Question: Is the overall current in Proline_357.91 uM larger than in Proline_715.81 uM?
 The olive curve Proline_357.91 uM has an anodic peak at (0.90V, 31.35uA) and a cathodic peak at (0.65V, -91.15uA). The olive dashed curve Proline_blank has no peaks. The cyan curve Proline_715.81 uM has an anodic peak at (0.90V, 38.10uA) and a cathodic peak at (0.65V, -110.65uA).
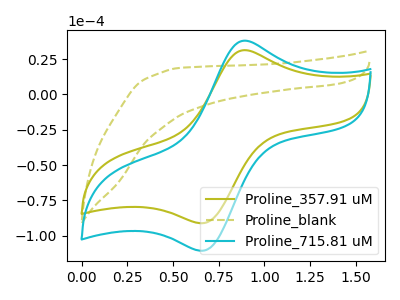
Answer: <think>All the peaks in "Proline_357.91 uM" have a peak in "Proline_715.81 uM" at the same potential. Every peak in "Proline_357.91 uM" is lower than every peak in "Proline_715.81 uM".
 </think>
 <answer>"Proline_357.91 uM" has less signal than "Proline_715.81 uM".</answer>
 <eval>less_signal</eval>